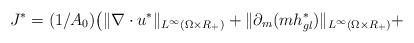
LaTeX: \begin{align*}{J^*} = (1/A_0) \big(\| \nabla \cdot u^* \|_{L^\infty (\Omega\times R_ + )} + \|\partial_m (mh^*_{gl})\|_{L^\infty (\Omega\times R_ +)}+\end{align*}